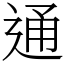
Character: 通